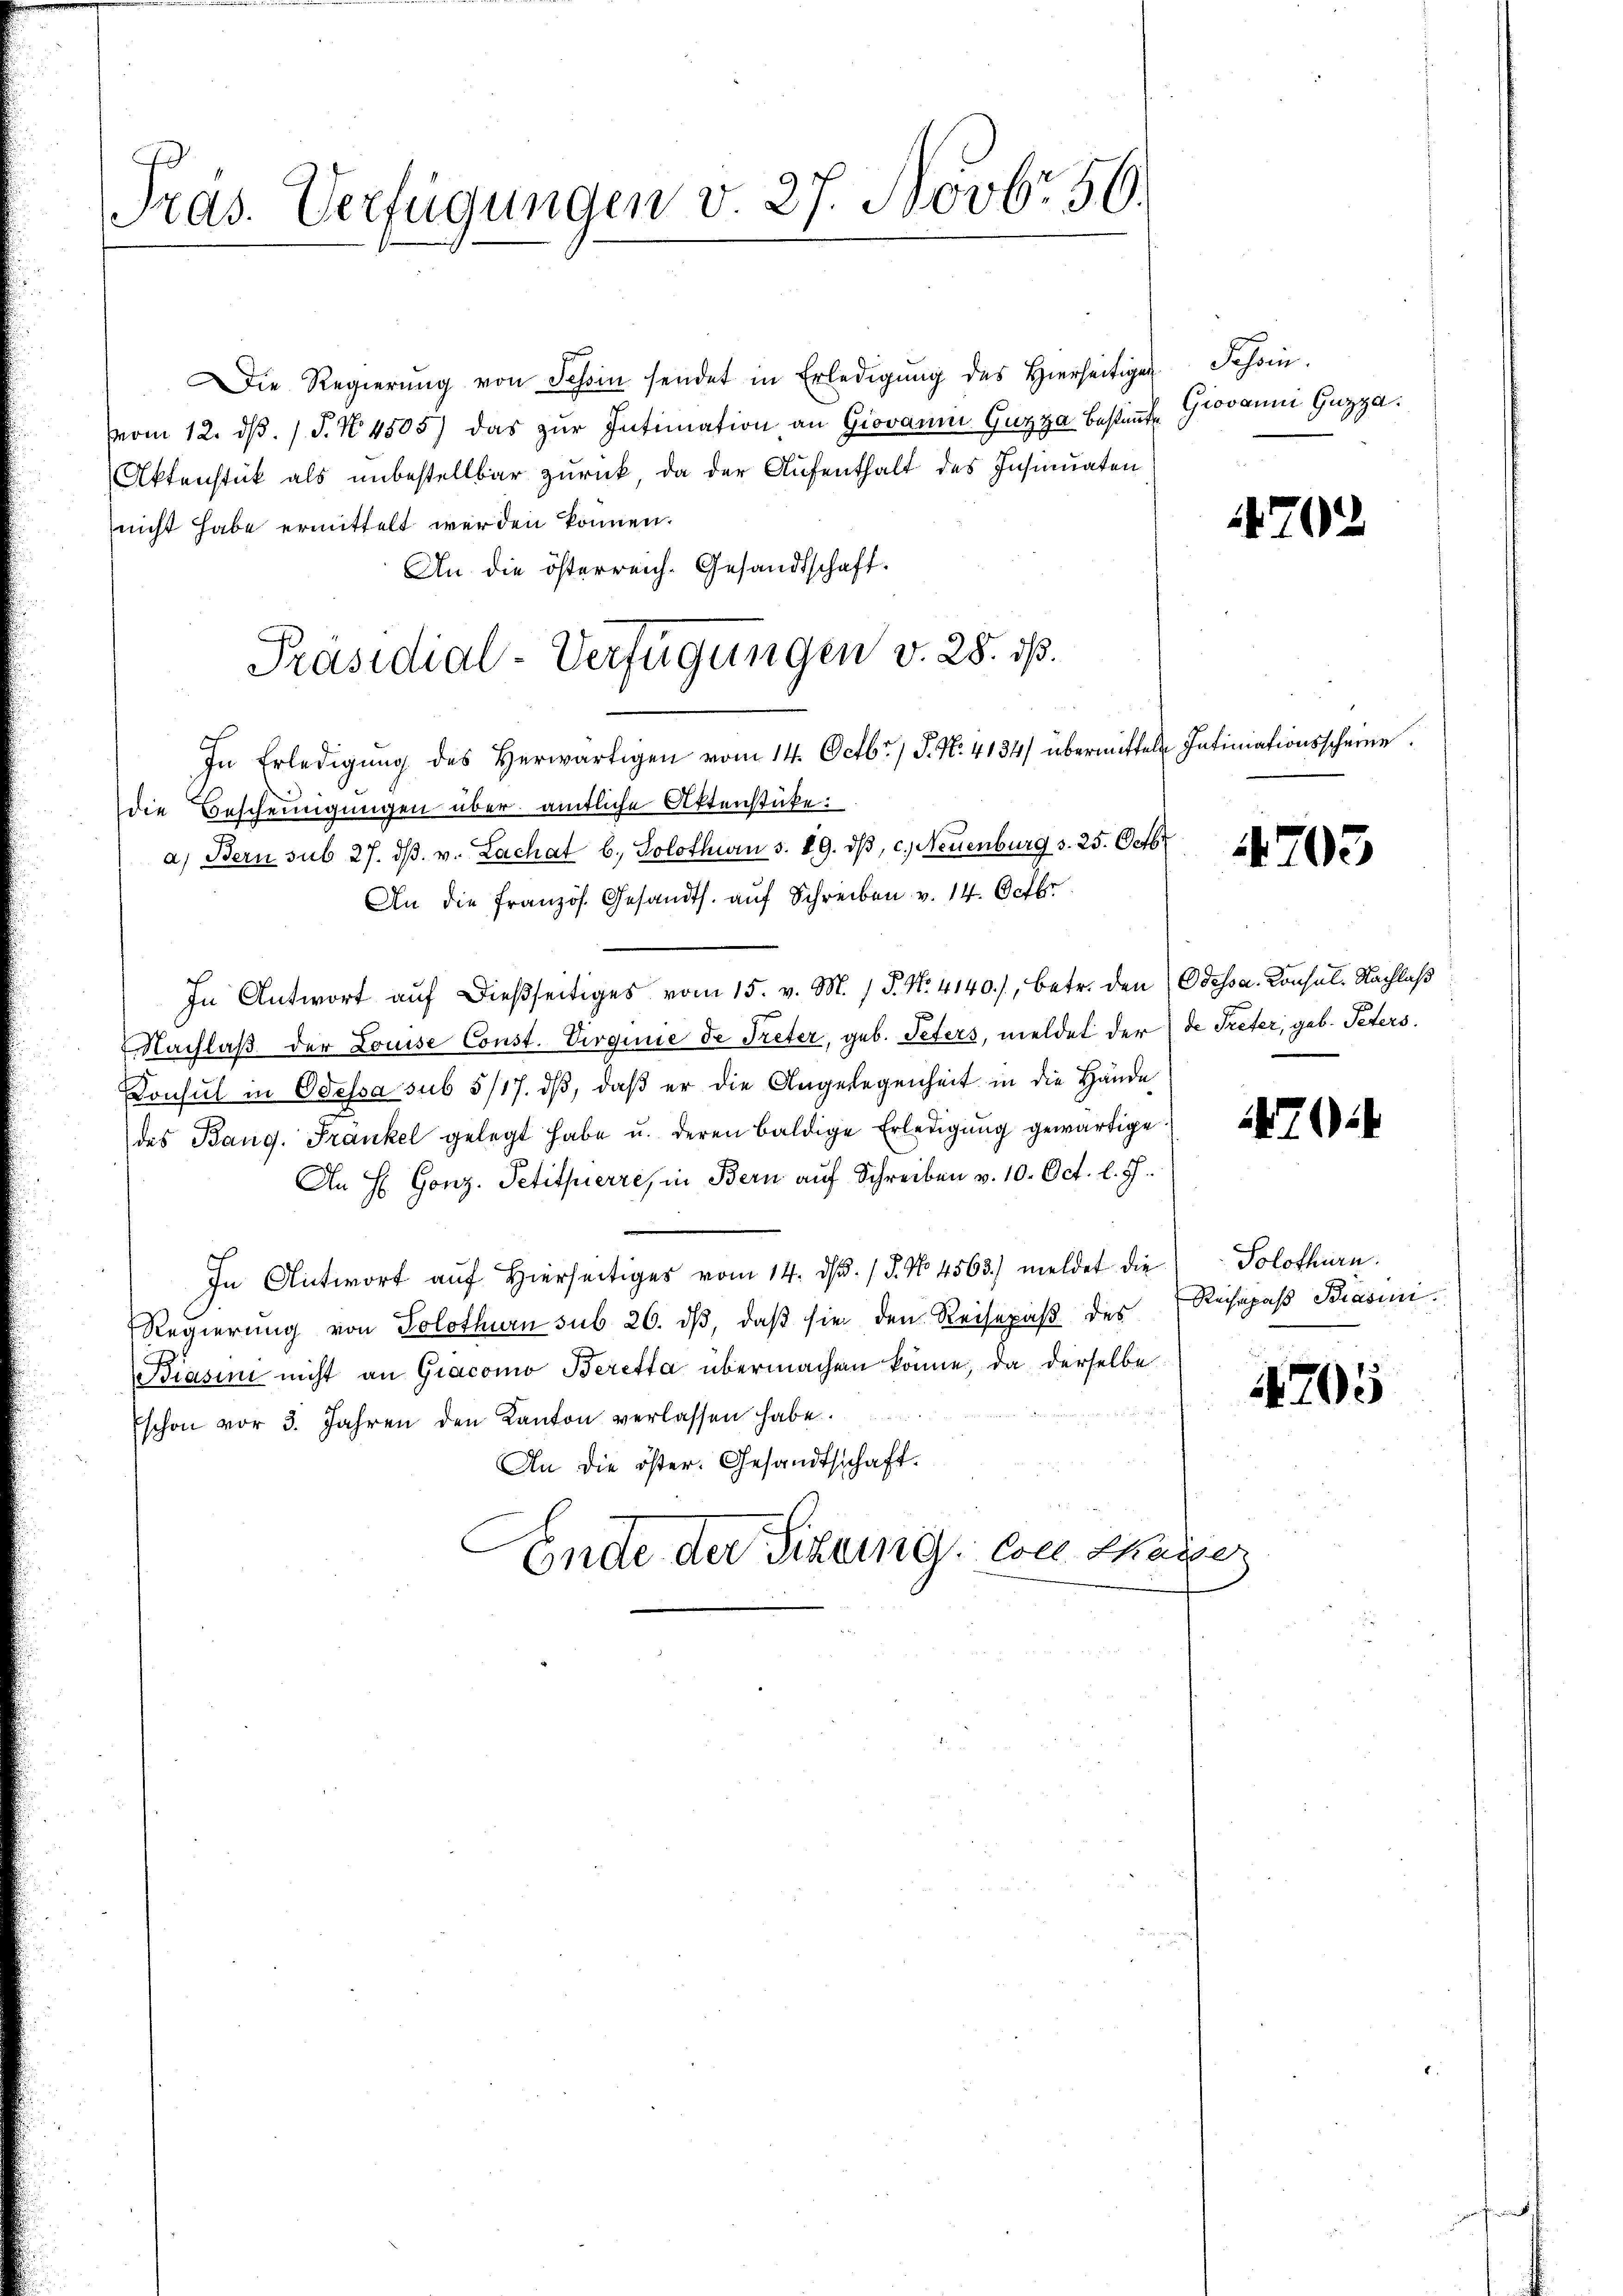
Pras. Verfügungen v. 27. Novbr. 56.

Die Regierŭng von Schin sendet in Erledigŭng des hierseitigen Schön.
vom 12. dβ. P. N. 4505) das zŭr Intimation an Giovanni Guzza bestimmt Giovanni Guzza.
Aktenstück als unbestellbar zurück, da der Aufenthalt des Insinuaten
nicht habe ermittelt werden können.
An die österreich. Gesandtschaft.
In Erledigŭng des herwärtigen vom 14. Octbr. / J. N. 4134/ übermittel Intimationsscheine.
die Bescheinigungen über amtliche Attenstücke:
a) Bern sub 27. dβ. v. Lachat b. Solothurn s. 89. dβ, c.) Neuenburg v. 25. Octbr
An die französ. Gesandts. aŭf Schreiben v. 14. Octbr.
In Antwort aŭf dießseitiges vom 15. v. M. P. Nr. 4140./, betr. den Odessa. Consul. Nachlaß
Nachlaß der Louise Const. Virginie de Treter, geb. Peters, meldet der de Treter, geb. Peters
Donsul in Odessa sub 5/17. dβ, daß er die Angelegenheit in die Hände
des Bang. Frankel gelegt habe u. deren baldige Erledigŭng gewärtige.
An H Gonz. Petitpierre, in Bern auf Schreiben v. 10. Oct. l. J.
In Antwort aŭf hierses vom 14. d. 15. No 4563. meldet die Solothurn.
Regierung von Solothurn sub 26. dβ, daβ sie den Reisepaß des Reisepaß Biasmi
Biasin nicht an Giacomo Beretta übermachen könne, da derselbe
schon vor 3. Jahren den Kanton verlassen habe.
An die öster. Gesandtschaft
Ende der Sitzung von Chaiser

Präsidial-Verfügungen v. 28. ds.

702

4705

70.

405